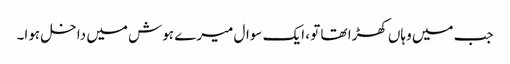
جب میں وہاں کھڑا تھا تو ، ایک سوال میرے ہوش میں داخل ہوا۔